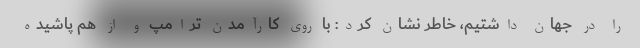
را در جهان داشتیم، خاطر نشان کرد: با روی کارآمدن ترامپ و از هم پاشیده